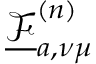
\underline { { \mathcal { F } } } _ { a , \nu \mu } ^ { ( n ) }